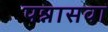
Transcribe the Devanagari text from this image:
पन्नासवा